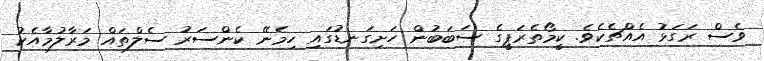
ވެސް ރަގަޅު އެއްޗެކެވެ. ކީމޯތެރަޕީގެ ސަބަބުން ހަށިގަނޑުގައި ހިމެނޭ ކެންސަރު ސެލްތައް މަރާލުމާއެކު